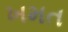
ખમત